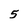
Character: 5